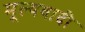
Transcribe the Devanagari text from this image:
मूल्यवादी